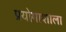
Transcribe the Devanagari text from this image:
प्रयोगाशाला